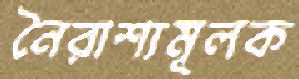
নৈরাশ্যমূলক